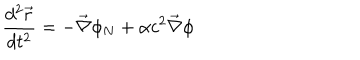
\frac { d ^ { 2 } \vec { r } } { d t ^ { 2 } } = - \vec { \nabla } \phi _ { N } + \alpha c ^ { 2 } \vec { \nabla } \phi